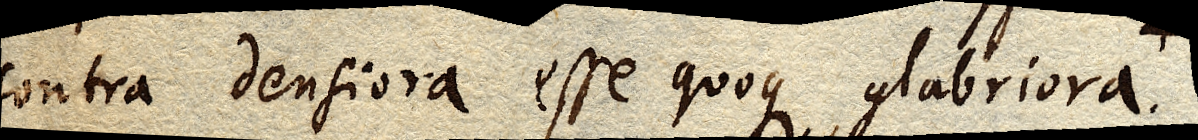
contra densiora esse quoque glabriora